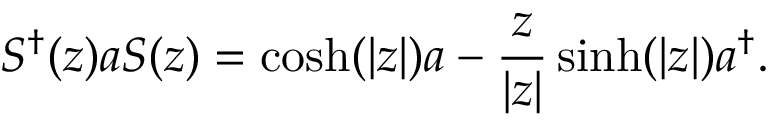
S ^ { \dagger } ( z ) a S ( z ) = \cosh ( | z | ) a - { \frac { z } { | z | } } \sinh ( | z | ) a ^ { \dagger } .